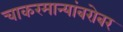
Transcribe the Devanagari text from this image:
चाकरमान्यांबरोबर